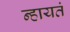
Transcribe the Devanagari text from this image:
न्हायतं